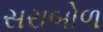
સરાબોળ